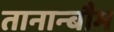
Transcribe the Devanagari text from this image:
तानान्बौम